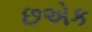
છએક